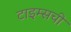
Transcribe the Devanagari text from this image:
टाइम्सची